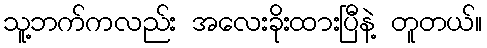
သူ့ဘက်ကလည်း အလေးခိုးထားပြီနဲ့ တူတယ်။